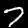
Label: 7